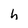
Character: h